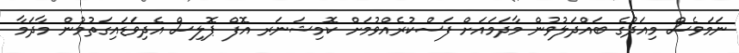
ނަމަވެސް މިއަދުގެ ބައްދަލުވުން މާދަމައަށް ފަސްކުރެއްވުމަށް ކޮމިޝަނަރ އޮފް ޕޮލިސް އެދިވަޑައިގަތުމުން މާދަމާ